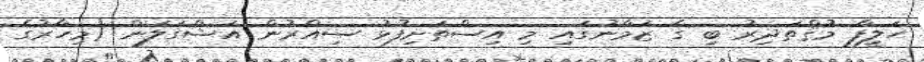
ހަލީފާ މުޤްތަދިރު ބި ގެ ޒަމާނުގައި މި އިސްތަށިފުޅު ސިއްރުން އަޝްގަލަން (މިހާރުގެ